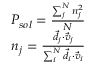
\begin{array} { r } { P _ { s o l } = \frac { \sum _ { j } ^ { N } n _ { j } ^ { 2 } } { N } } \\ { n _ { j } = \frac { \vec { d } _ { j } \cdot \vec { v } _ { j } } { \sum _ { i } ^ { N } \vec { d } _ { i } \cdot \vec { v } _ { i } } } \end{array}